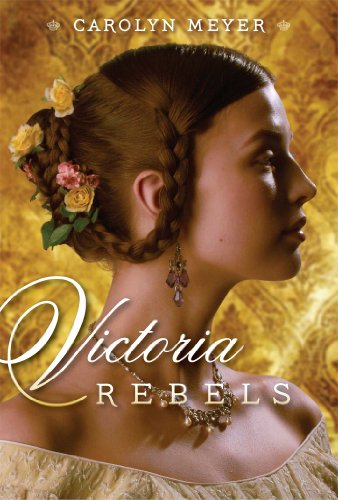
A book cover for Victoria Rebels (Paula Wiseman Books); Carolyn Meyer; Teen & Young Adult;